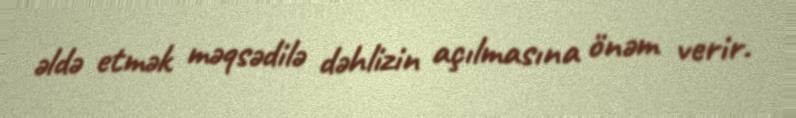
əldə etmək məqsədilə dəhlizin açılmasına önəm verir.